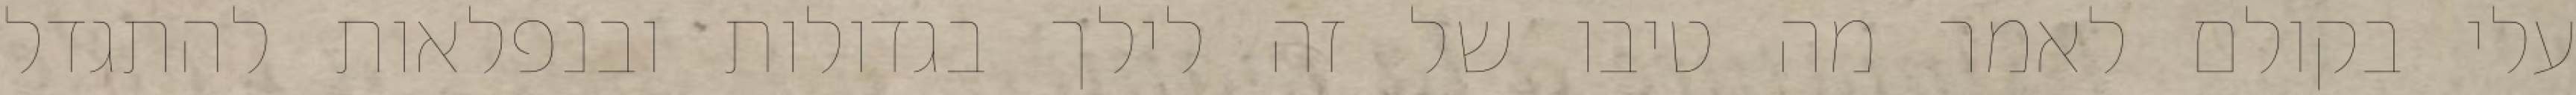
עלי בקולם לאמר מה טיבו של זה לילך בגדולות ובנפלאות להתגדל